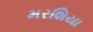
મરશિયા